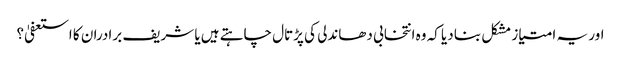
اور یہ امتیاز مشکل بنا دیا کہ وہ انتخابی دھاندلی کی پڑتال چاہتے ہیں یا شریف برادران کا استعفیٰ؟